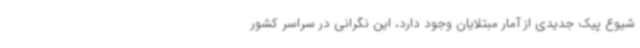
شیوع پیک جدیدی از آمار مبتلایان وجود دارد، این نگرانی در سراسر کشور